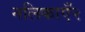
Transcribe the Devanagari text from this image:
नलिकाएँ२